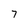
Character: 7